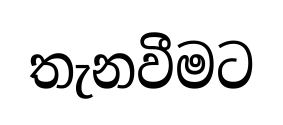
තැනවීමට